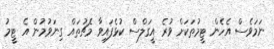
ނަމަވެސް އެހެން ޓީމުތަކަށް ވުރެ އީގަލްސް ކުޅެފައިވާ މެޗުތައް ގިނަވުމުން އެ ޓީމު